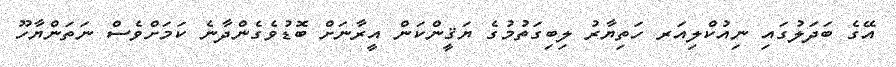
އޭގެ ބަދަލުގައި ނިއުކްލިއަރ ހަތިޔާރު ލިބިގަތުމުގެ ޔަޤީންކަން އީރާނަށް ބޮޑުވެގެންދާނެ ކަމަށްވެސް ނަތަންޔާހޫ